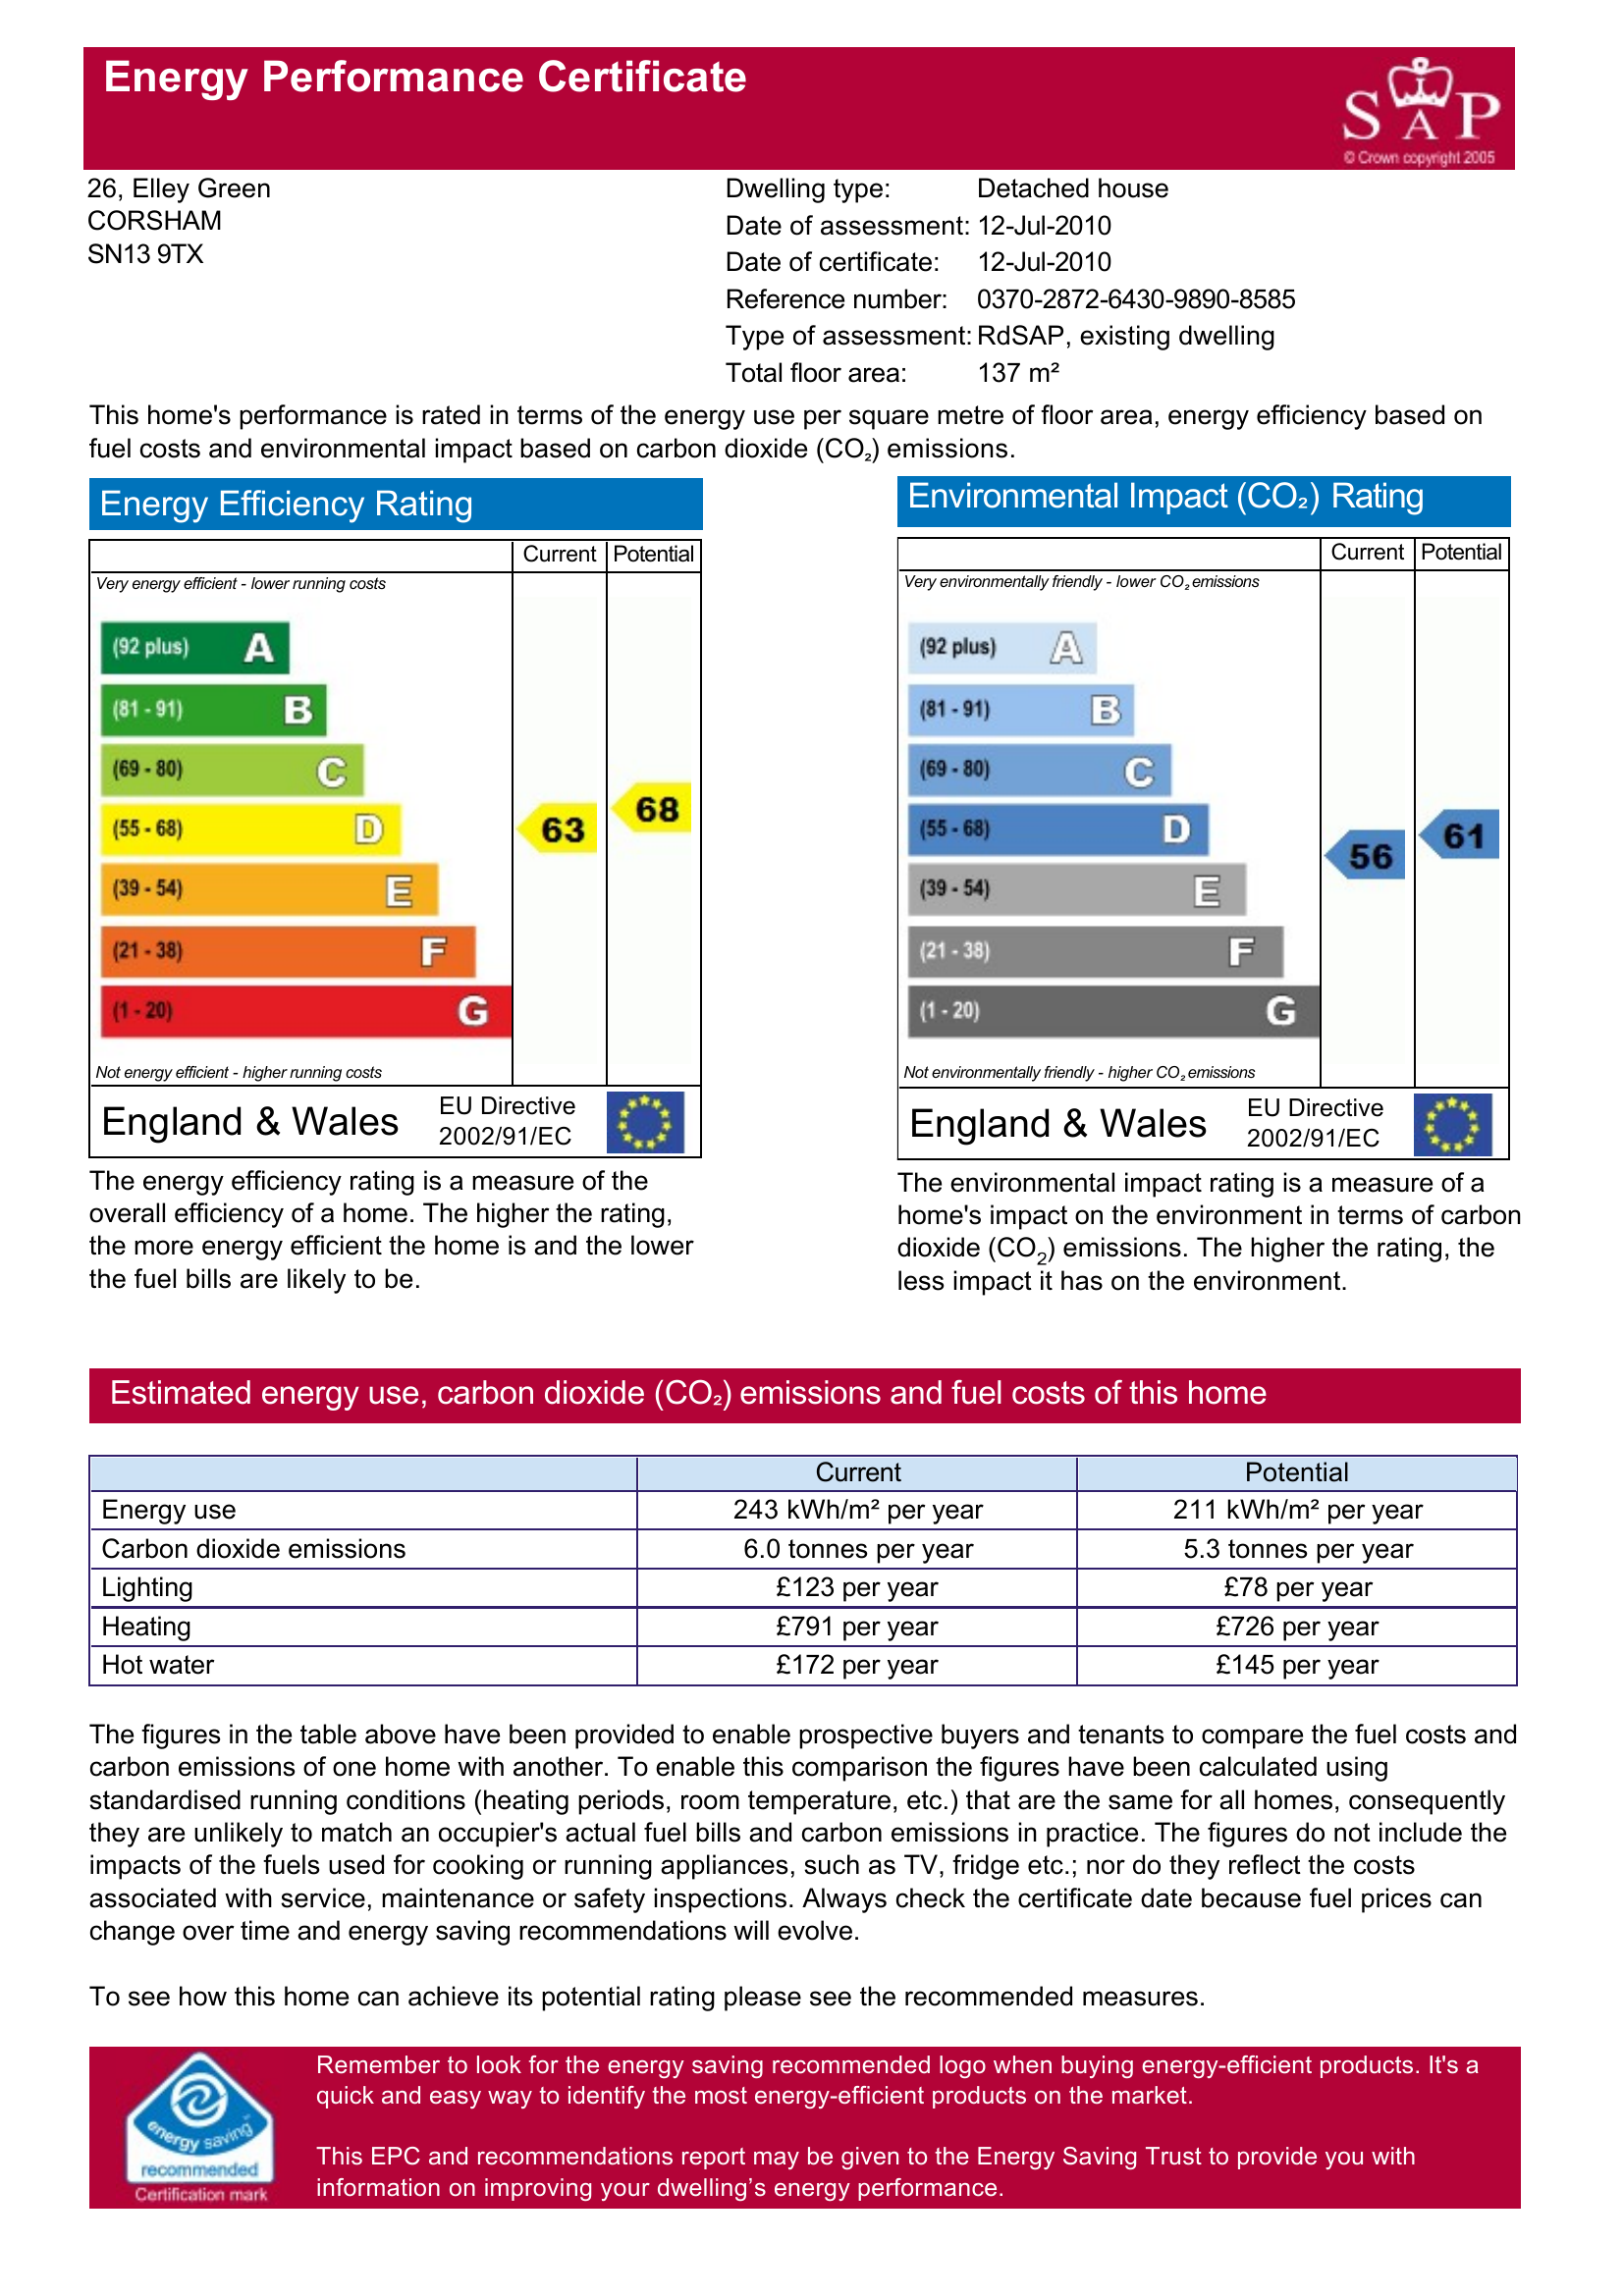
Current energy efficiency rating: D (score 63)
Potential energy efficiency rating: D (score 68)
Current environmental impact (CO2) rating: D (score 56)
Potential environmental impact (CO2) rating: D (score 61)